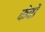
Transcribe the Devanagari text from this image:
केवों